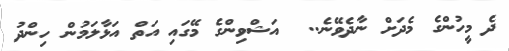
ދެ މީހުންގެ މެދަށް ނާދެވޭނެ..  އަޝްވިންގެ މޭގައި އަތް އަޅާލަމުން ހިންދު